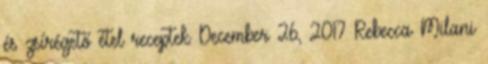
és zsírégető étel receptek December 26, 2017 Rebecca Milani